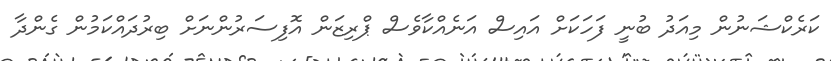
ކަރެކްޝަނުން މިއަދު ބުނީ ފަހަކަށް އައިސް އަނެއްކާވެސް ޕްރިޒަން އޮފިސަރުންނަށް ބިރުދައްކަމުން ގެންދާ